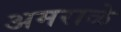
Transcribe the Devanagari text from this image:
अमराळे